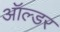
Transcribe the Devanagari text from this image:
ऑल्‍डर